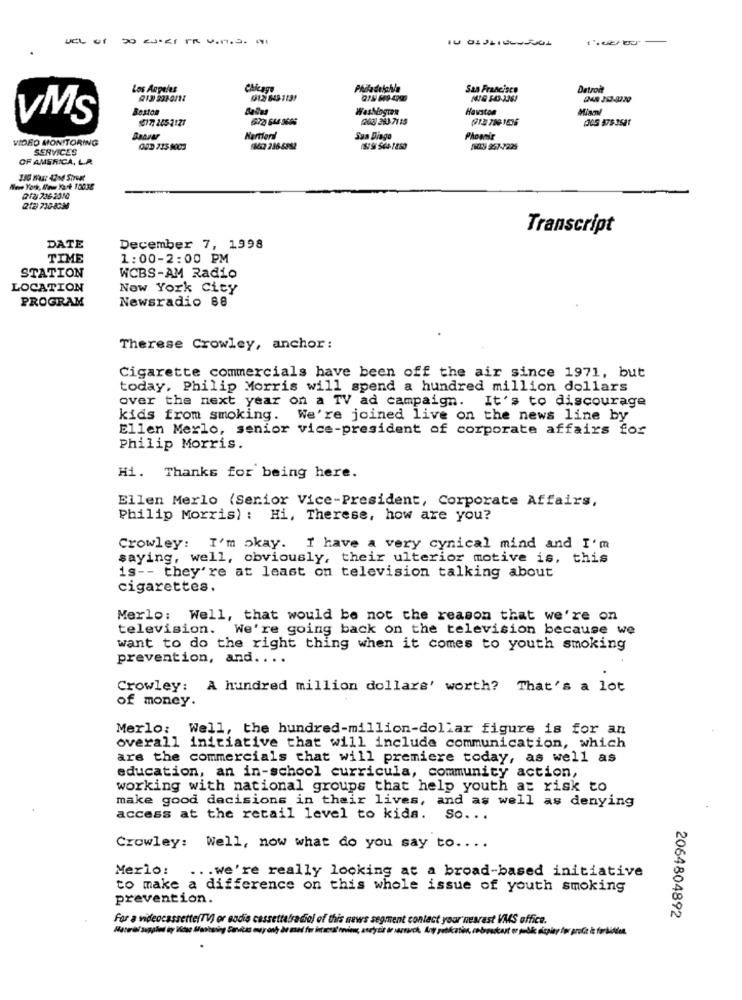
UCL
of
Los Angeles
Chicago
Phola dilahi
San Francisco
Detroit
012 849 7131
Boston
Washington
Howston
VMS
517: 2453127
(200) 263-71 15
VIDED MONITORING
Sua Diago
Phoenix
SERVICES
662 236-5882
20:3 257-7225
OF AMERICA, L.R.
2212 736 2010
212) 710-8:36
Transcript
DATE
December 7, 1998
TIME
1:00-2:00 PM
STATION
WCBS-AM Radio
LOCATION
New York City
PROGRAM
Newsradio 88
Therese Crowley, anchor:
Cigarette commercials have been off the air since 1971, but
today, Philip Morris will spend a hundred million dollars
over the next year on a TV ad campaign. It's to discourage
kids from smoking. We're joined live on the news line by
Ellen Merlo, senior vice-president of corporate affairs for
Philip Morris.
Hi. Thanks for being here.
Ellen Merlo (Senior Vice-President, Corporate Affairs,
Philip Morris) : Hi, Therese, how are you?
Crowley: I'm okay. I have a very cynical mind and I'm
saying, well, obviously, their ulterior motive is, this
is -- they're at least on television talking about
cigarettes.
Merlo: Well, that would be not the reason that we're on
television. We're going back on the television because we
want to do the right thing when it comes to youth smoking
prevention, and ....
Crowley: A hundred million dollars' worth? That's a lot
of money.
Merlo: Well, the hundred-million-dollar figure is for an
overall initiative that will include communication, which
are the commercials that will premiere today, as well as
education, an in-school curricula, community action,
working with national groups that help youth at risk to
make good decisions in their lives, and as well as denying
access at the retail level to kids. So ...
Crowley: Well, now what do you say to ....
Merlo: ... we're really looking at a broad-based initiative
to make a difference on this whole issue of youth smoking
prevention.
For a videocassette(TV) or sodio cassettafradiol of this news segment contact your nearest VMS office.
2064804892